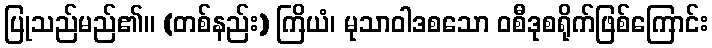
ပြုသည်မည်၏။ (တစ်နည်း) ကြိယံ၊ မုသာဝါဒစသော ဝစီဒုစရိုက်ဖြစ်ကြောင်း